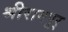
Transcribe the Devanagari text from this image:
श्रीरामपूर्